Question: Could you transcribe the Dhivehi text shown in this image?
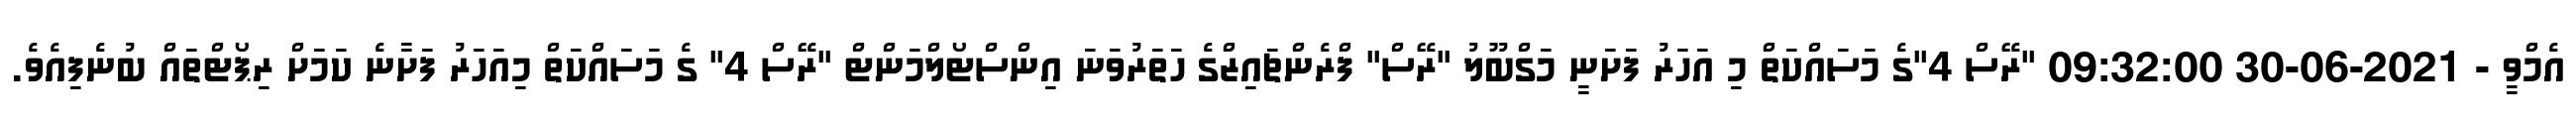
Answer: އެމްވީ - 2021-06-30 09:32:00 "ރޭސް 4"ގެ މަސައްކަތް މި އަހަރު ފަށަނީ މަގްބޫލު "ރޭސް" ފްރެންޗައިޒްގެ ހަތަރުވަނަ އިންސްޓޯލްމަންޓް "ރޭސް 4" ގެ މަސައްކަތް މިއަހަރު ފަށާނެ ކަމަށް ރިޕޯޓްތައް ބުނެފިއެވެ.